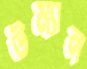
উম্যান